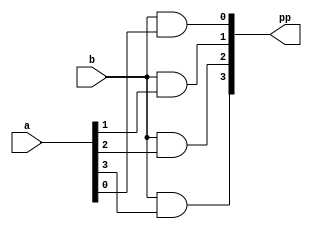
`timescale 1ns / 1ps

module partial_product(
    input b,
    input [3:0]a,
    output [3:0]pp
    );
    
    assign pp[0] = b & a[0];
    assign pp[1] = b & a[1];
    assign pp[2] = b & a[2];
    assign pp[3] = b & a[3];
endmodule